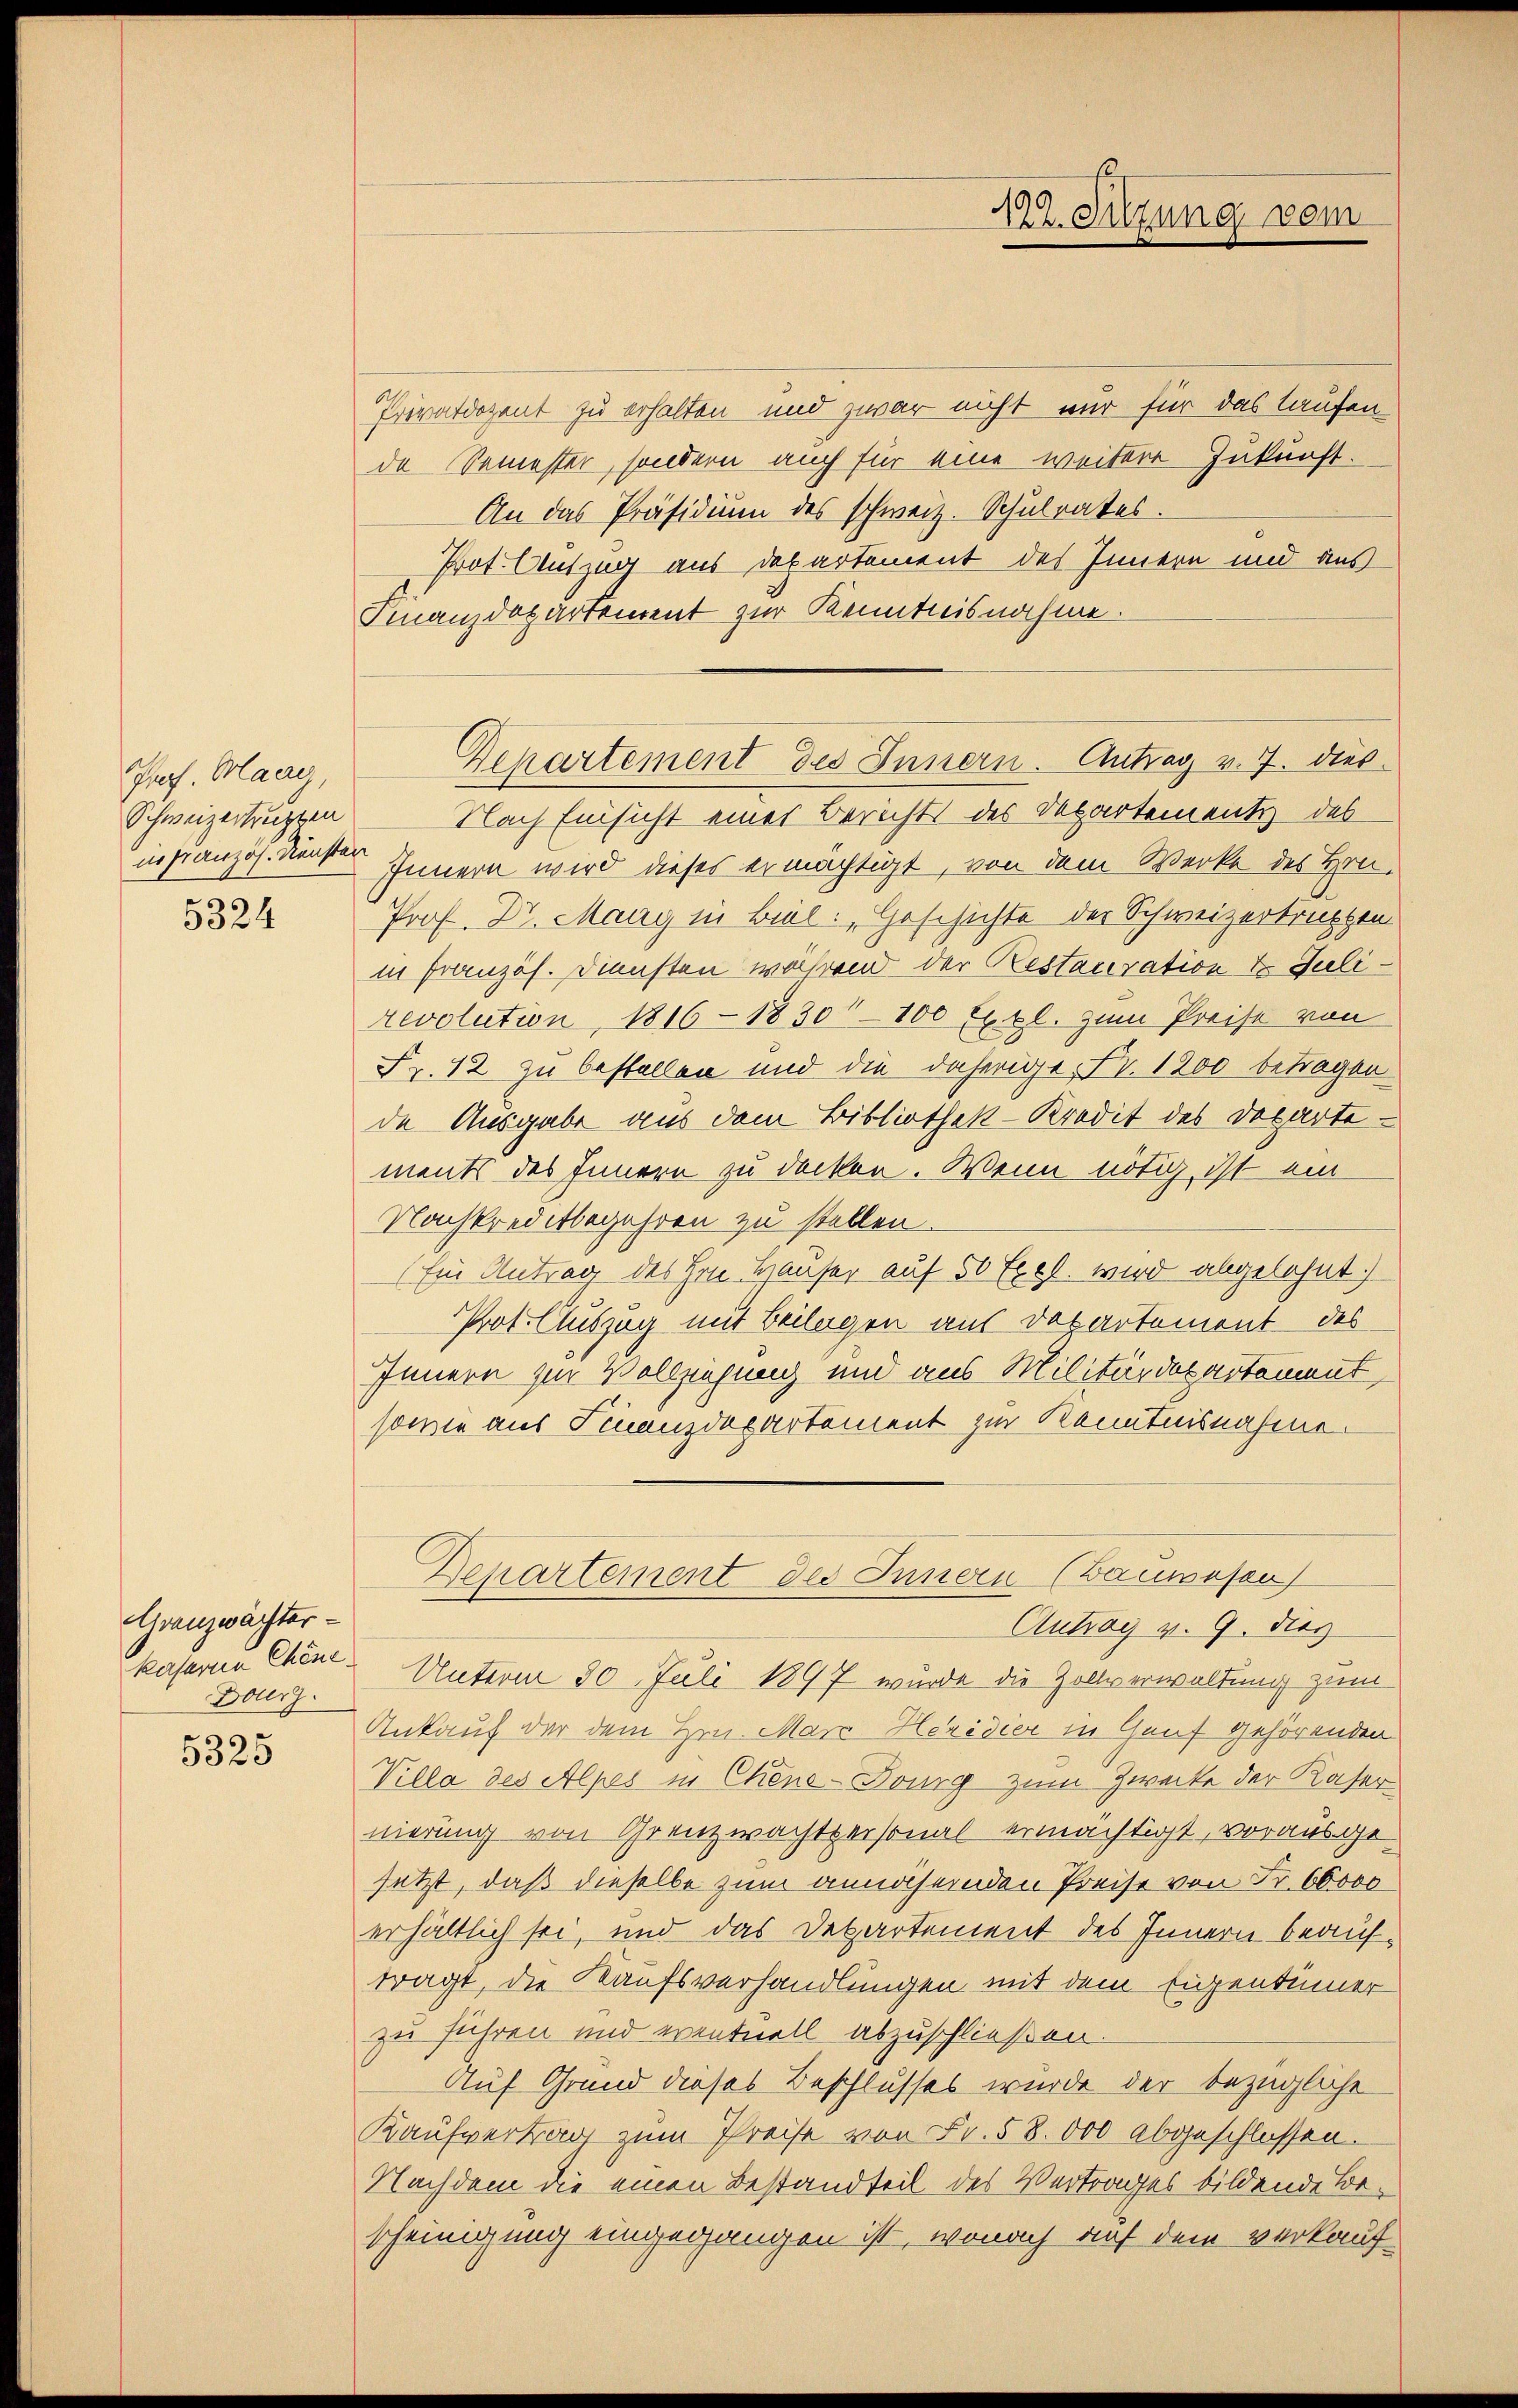
Prof. Olaas
Schweizertruppen
in Französ. Diensten
5324

Granzwächter¬
Dourz.

5325

Privatdozent zu erhalten und zwar nicht mir für das laufende Semester, sondern auch für eine weitere Zukunft.
An das Präsidium des schweiz. Schulrates.
Prot. Auszug aus Departement des Innern und aus
Finanzdepartement zur Kenntnisnahme.
Nach Einsicht eines Berichts des Departementi des
Innern wird dieses ermächtigt, von dem Werke des Hrn.
Prof. Dr. Maag in Biel: „Geschichte der Schweizertruppen
in Französ. Diensten während der Restauration 4. Julirevolution, 1816 - 1830 - 100 Exkl. zum Preise von
Fr. 12 zu bestellen und die daherige Fr. 1200 betragen
de Ausgabe aus dem Bibliothek-Kredit des Departe-
ments des Innern zu decken. Wenn nötig ist ein
Nachkreditbegehren zu stellen.
(Ein Antrag des Hrn. Hauser auf 50 Exel. wird abgelohnt.)
Prot. Auszug mit Beilagen aus Departement des
Innern zur Vollziehung und aus Militärdepartement,
sowie aus Finanzdepartement zur Kenntnisnahme.
Departement des Innern (Bauwesen
Antrag v. 9. Dez
kaserne Chene Unterm 30. Juli 1897 wurde die Zollverwaltung zum
Ankauf der dem Hrn. Mara Heridier in Genf gehörenden
Villa des Alpes in Chens-Dourg zum Zwecke der Kasern
nierung von Grenzwachtpersonal ermächtigt, vorausgejetzt, daß dieselbe zum annähernden Preise von Fr. 60000
erhältlich sei, und das Departement des Innern beauftragt, die Kaufsverhandlungen mit dem Eigentümer
zu führen und eventuell abzuschließen.
Auf Grund dieses Beschlusses wurde der bezügliche
Kaufvertrag zum Preise von Fr. 58.000 abgeschlossen.
Nachdem die einen Bestandteil des Vertrages bildende Bescheinigung eingegangen ist, wonach auf dem verkauf-

Separtement des Innern. Antrag v. 7. dies

122. Sitzung vom